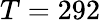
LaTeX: T=292